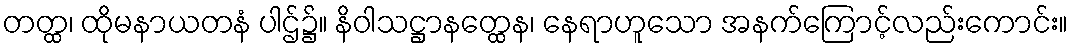
တတ္ထ၊ ထိုမနာယတနံ ပါဌ်၌။ နိဝါသဋ္ဌာနတ္ထေန၊ နေရာဟူသော အနက်ကြောင့်လည်းကောင်း။